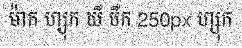
ម៉ាក ហ្សុក ឃឺ បឺក 250px ហ្សុក